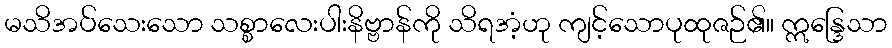
မသိအပ်သေးသော သစ္စာလေးပါးနိဗ္ဗာန်ကို သိရအံ့ဟု ကျင့်သောပုထုဇဉ်၏။ ဣန္ဒြေသာ